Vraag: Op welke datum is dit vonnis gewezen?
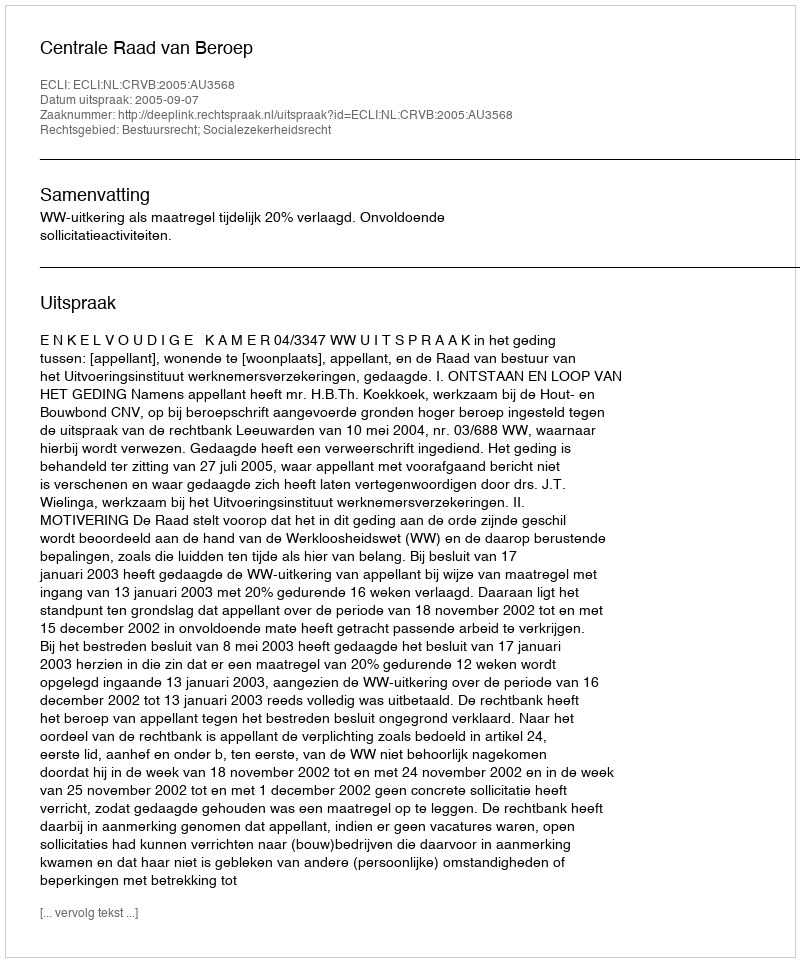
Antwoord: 2005-09-07